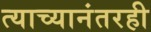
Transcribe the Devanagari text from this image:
त्याच्यानंतरही